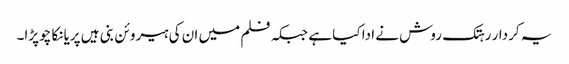
یہ کردار رہتک روش نے ادا کیا ہے جبکہ فلم میں ان کی ہیروئن بنی ہیں پریانکا چوپڑا۔